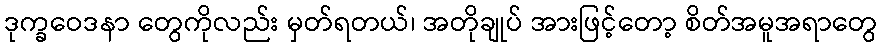
ဒုက္ခဝေဒနာ တွေကိုလည်း မှတ်ရတယ်၊ အတိုချုပ် အားဖြင့်တော့ စိတ်အမူအရာတွေ